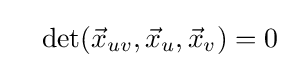
\quad \det({\vec {x}}_{uv},{\vec {x}}_{u},{\vec {x}}_{v})=0\;